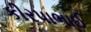
કીરપાભાઈ